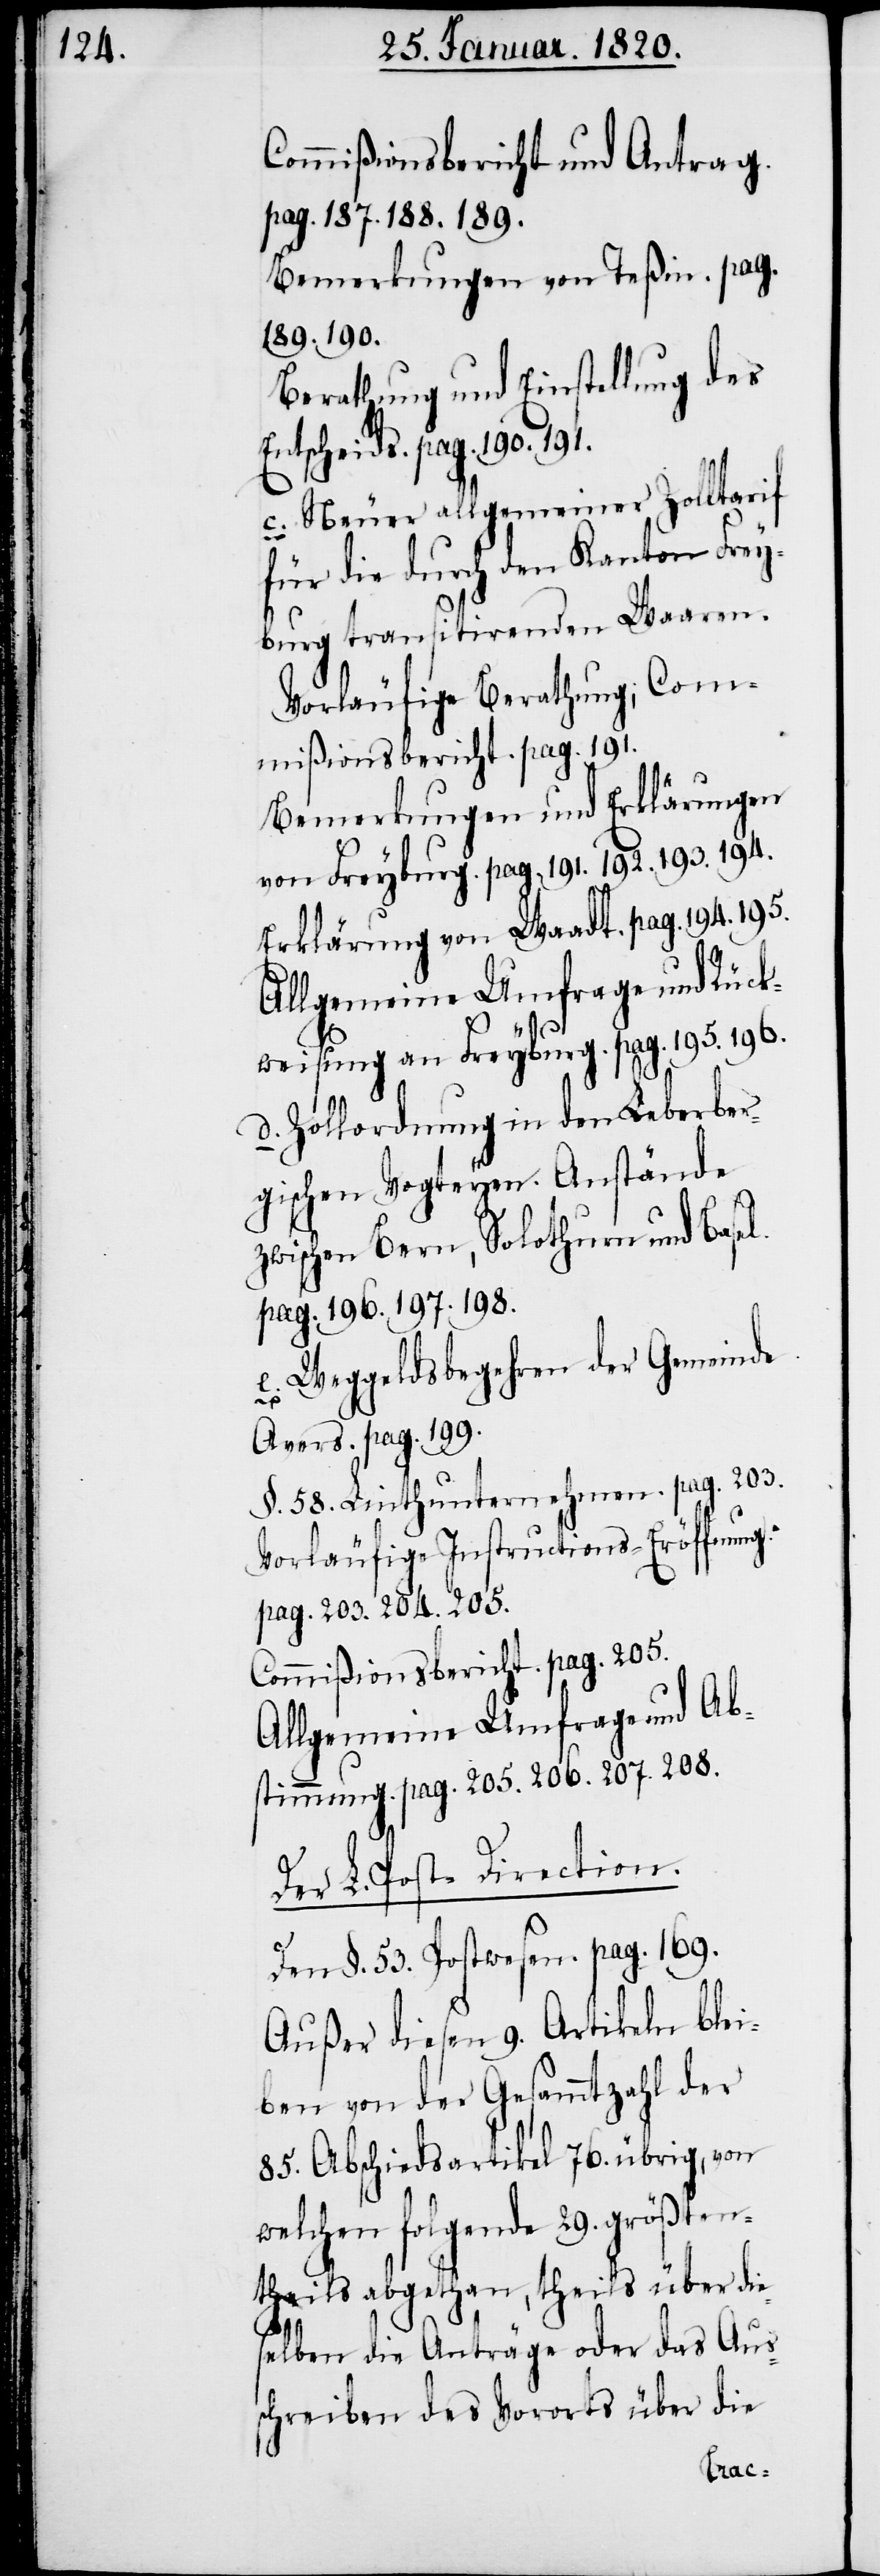
Commißionsbericht und Antrag.
pag. 187. 188. 189.
Bemerkungen von Teßin. pag.
189. 190.
Berathung und Einstellung des
Entscheids. pag. 190. 191.
c. Neuer allgemeiner Zolltarif
für die durch den Kanton Frey¬
burg transitirenden Waaren.
Vorläufige Berathung; Com¬
mißionsbericht. pag. 191.
Bemerkungen und Erklärungen
von Freyburg. pag. 191. 192. 193. 194.
Erklärung von Waadt. pag. 194. 195.
Allgemeine Umfrage und Rück¬
weisung an Freyburg. pag. 195. 196.
d. Zollordnung in den Leberber¬
gischen Vogteyen. Anstände
zwischen Bern, Solothurn und Basel.
pag. 196. 197. 198.
e. Weggeldsbegehren der Gemeinde
Avers. pag. 199.
§. 58. Linthunternehmen. pag. 203.
Vorläufige Instructions-Eröffnung.
pag. 203. 204. 205.
Commißionsbericht. pag. 205.
Allgemeine Umfrage und Ab¬
stimmung. pag. 205. 206. 207. 208.
Der L. Post-Direction.
Den §. 53. Postwesen. pag. 169.
Außer diesen 9. Artikeln blei¬
ben von der Gesammtzahl der
85. Abschiedsartikel 76. übrig, von
welchen folgende 29. größten¬
theils abgethan, theils über die¬
selben die Anträge oder das Aus¬
schreiben des Vororts über die